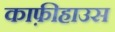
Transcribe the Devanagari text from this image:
काफ़ीहाउस